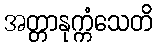
အတ္တာနုက္ကံသေတိ